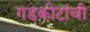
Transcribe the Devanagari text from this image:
गडकोटांची